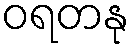
ဝရတနု